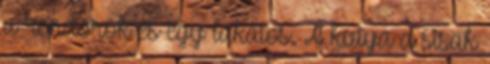
a rendőrök és egy lakatos. A kutya a sisak